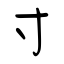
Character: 寸